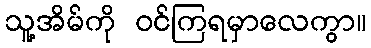
သူ့အိမ်ကို ဝင်ကြရမှာလေကွာ။